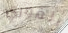
الفوري